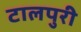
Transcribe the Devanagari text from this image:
टालपुरी